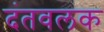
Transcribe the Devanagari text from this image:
दंतवलक